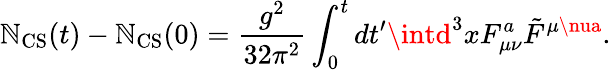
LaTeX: \mathbb{N}_{\mathrm{{CS}}}(t)-\mathbb{N}_{\mathrm{{CS}}}(0)=\frac{{g^{2}}}{{32\pi^{2}}}\int_{0}^{t}dt^{\prime}\intd^{3}xF_{\mu\nu}^{a}\tilde{{F}}^{\mu\nua}.